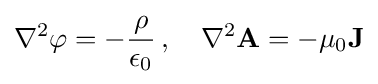
\nabla ^{2}\varphi =-{\dfrac {\rho }{\epsilon _{0}}}\,,\quad \nabla ^{2}\mathbf {A} =-\mu _{0}\mathbf {J}